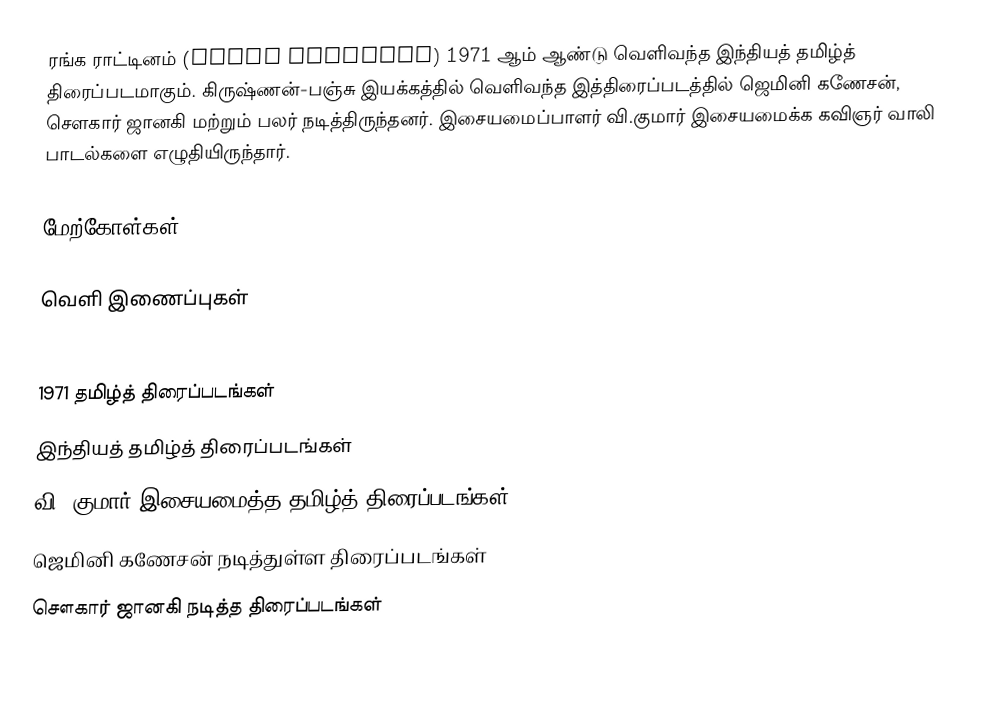
ரங்க ராட்டினம் (Ranga Rattinam) 1971 ஆம் ஆண்டு வெளிவந்த இந்தியத் தமிழ்த் திரைப்படமாகும். கிருஷ்ணன்-பஞ்சு இயக்கத்தில் வெளிவந்த இத்திரைப்படத்தில் ஜெமினி கணேசன், சௌகார் ஜானகி மற்றும் பலர் நடித்திருந்தனர். இசையமைப்பாளர் வி.குமார் இசையமைக்க கவிஞர் வாலி பாடல்களை எழுதியிருந்தார்.

மேற்கோள்கள்

வெளி இணைப்புகள்

1971 தமிழ்த் திரைப்படங்கள்
இந்தியத் தமிழ்த் திரைப்படங்கள்
வி. குமார் இசையமைத்த தமிழ்த் திரைப்படங்கள்
ஜெமினி கணேசன் நடித்துள்ள திரைப்படங்கள்
சௌகார் ஜானகி நடித்த திரைப்படங்கள்